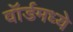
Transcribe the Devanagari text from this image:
वॉर्डमध्ये